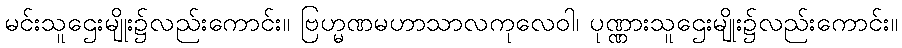
မင်းသူဌေးမျိုး၌လည်းကောင်း။ ဗြဟ္မဏမဟာသာလကုလေဝါ၊ ပုဏ္ဏားသူဌေးမျိုး၌လည်းကောင်း။